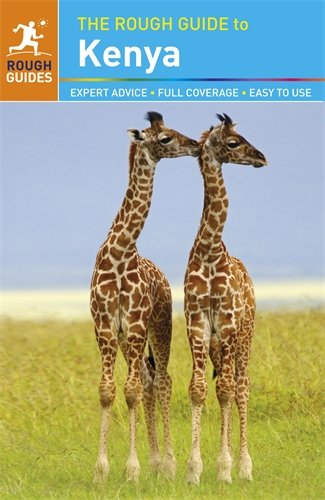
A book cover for The Rough Guide to Kenya; Richard Trillo; Travel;